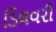
ડિલવરી